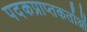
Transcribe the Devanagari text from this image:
पदकप्राप्तकर्ताओं